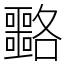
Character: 𡅡